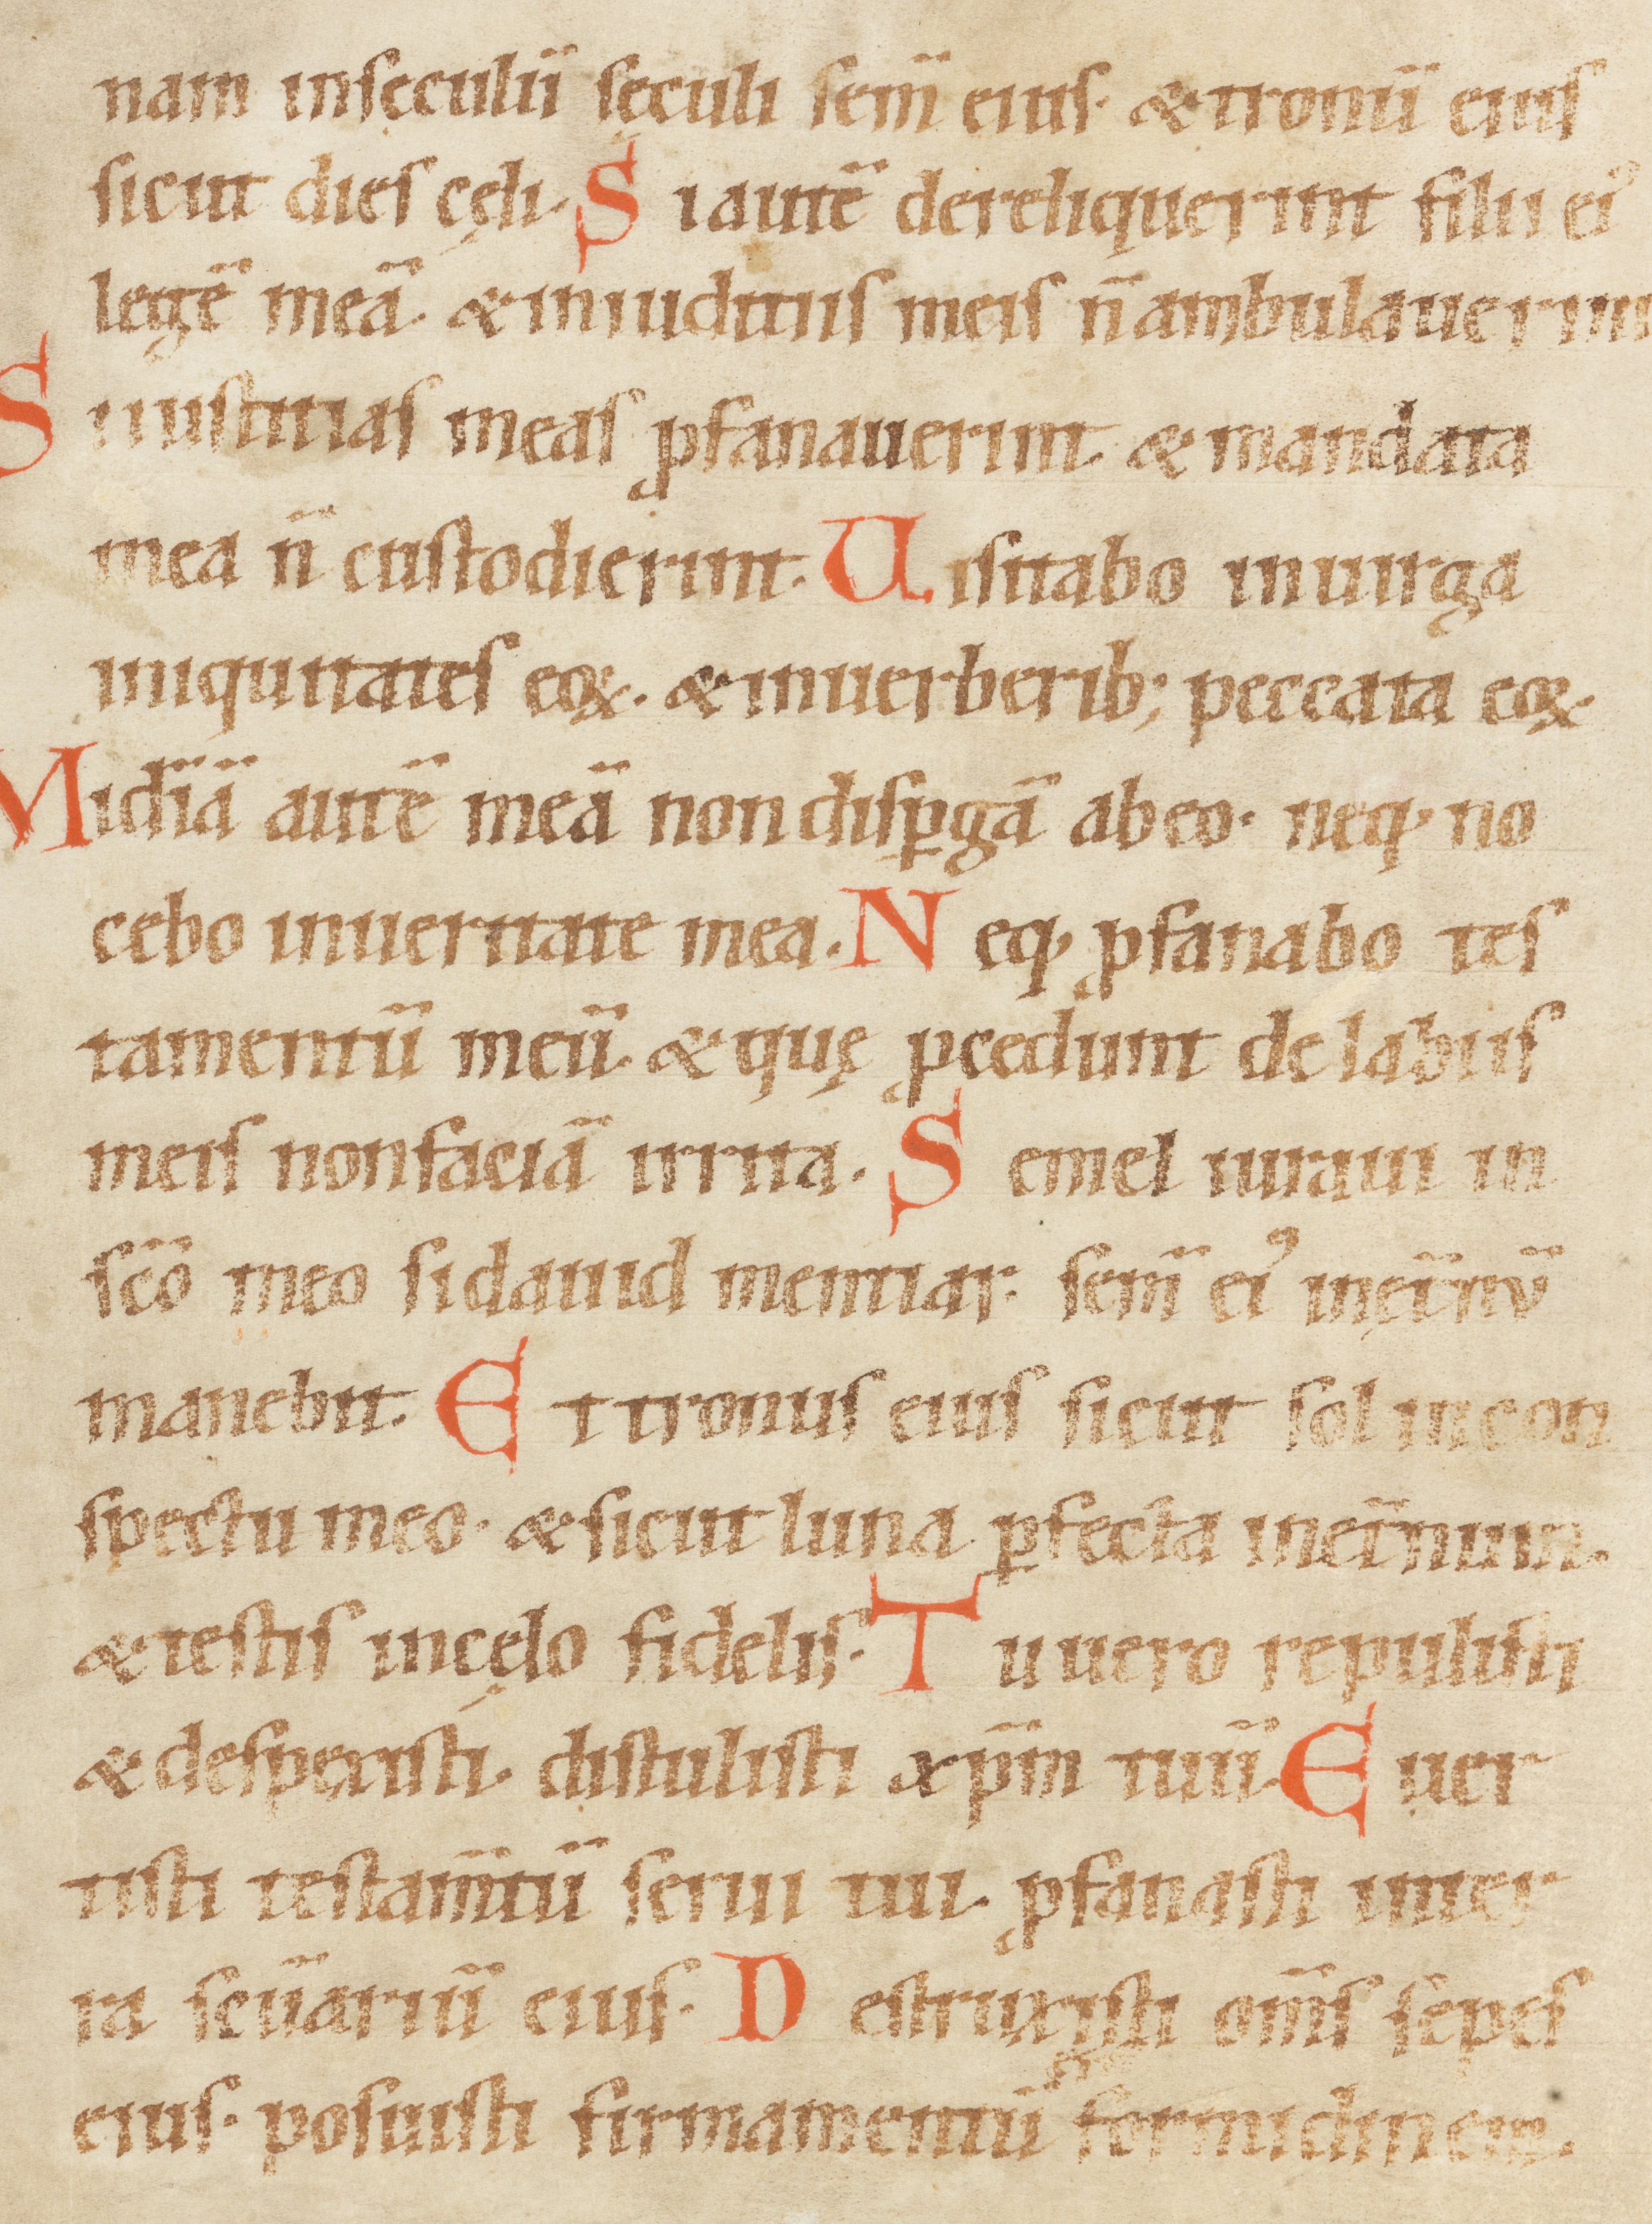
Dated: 1100–1199